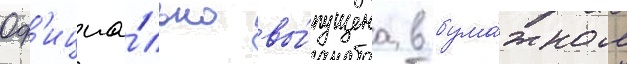
Оф'ициа́льно вы́пущена в бума́жном